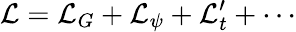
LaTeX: {\cal L}={\cal L}_{G}+{\cal L}_{\psi}+{\cal L}_{t}^{\prime}+\cdots